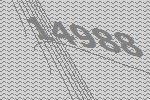
14988